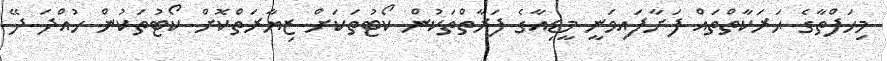
މިހަފްތާގެ ޙަރަކާތްތައް ފަށާފައިވަނީ މީޑިއާގެ ފަރާތްތަކުން ކޯޓުތަކަށް ޒިޔާރަތްކޮށް ކޯޓުތަކުން ހުއްދަ ދޭ